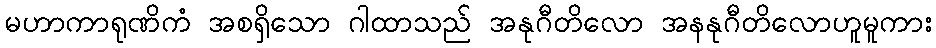
မဟာကာရုဏိကံ အစရှိသော ဂါထာသည် အနုဂီတိလော အနနုဂီတိလောဟူမူကား